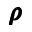
\pmb \rho